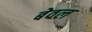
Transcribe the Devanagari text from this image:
बेवल